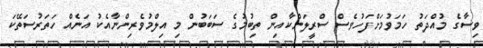
ވިސާގެ މުއްދަތު ހަމަވުމަށްފަހުވެސް ސްރީލަންކާއިން ތިބުމުގެ ސަބަބުން މި އިލްމުވެރިންނާއެކު އަނެއް ހަތަރުސަތޭކަ